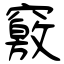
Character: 竅